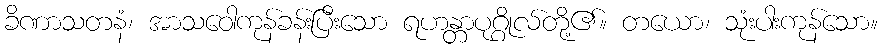
ခိဏာသတနံ၊ အာသဝေါကုန်ခန်းပြီးသော ရဟန္တာပုဂ္ဂိုလ်တို့၏။ တယော၊ သုံးပါးကုန်သော။